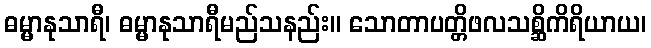
ဓမ္မာနုသာရီ၊ ဓမ္မာနုသာရီမည်သနည်း။ သောတာပတ္တိဖလသစ္ဆိကိရိယာယ၊